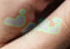
تعرف